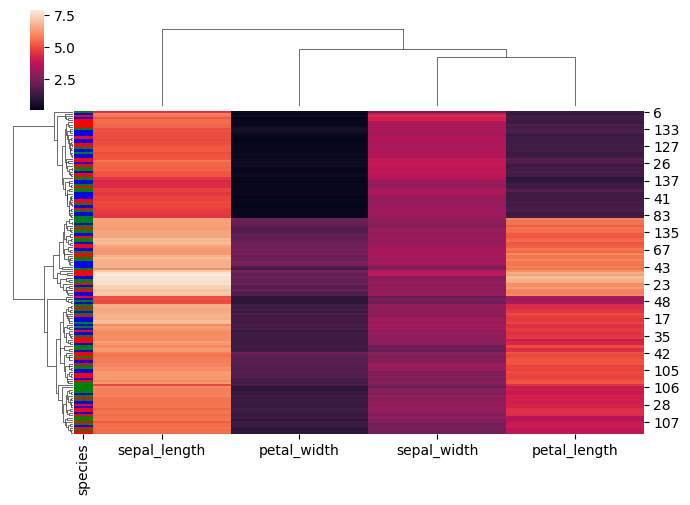
python, seaborn, clustermap, figsize=(7, 5), row_cluster=True, dendrogram_ratio=(0.1, 0.2), cbar_pos=(0.05, 0.8, 0.02, 0.2)